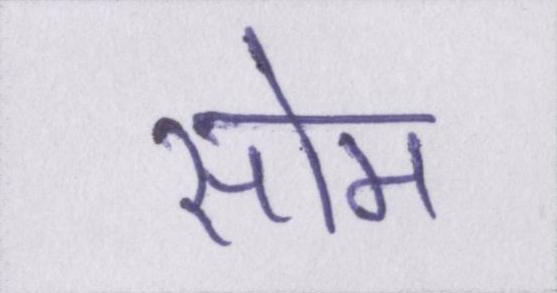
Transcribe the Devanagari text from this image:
सोम